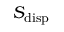
S _ { \mathrm { d i s p } }